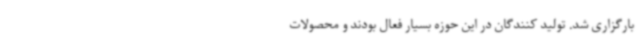
بارگزاری شد. تولید کنندگان در این حوزه بسیار فعال بودند و محصولات